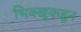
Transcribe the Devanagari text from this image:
भिक्खुकडून